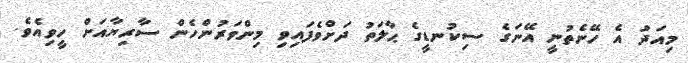
މިއަދު އެ ހޭނެތުނީ އޭނަގެ ސިކުނޑީގެ ޙާލަތު ދަށްވެފައިވި މިންވަރުންހެން ސާރިޔާއަށް ހީވިއެވެ.